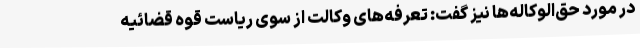
در مورد حق‌الوکاله‌ها نیز گفت: تعرفه‌های وکالت از سوی ریاست قوه قضائیه